Investigations on Bengal jail dietaries - Number 37
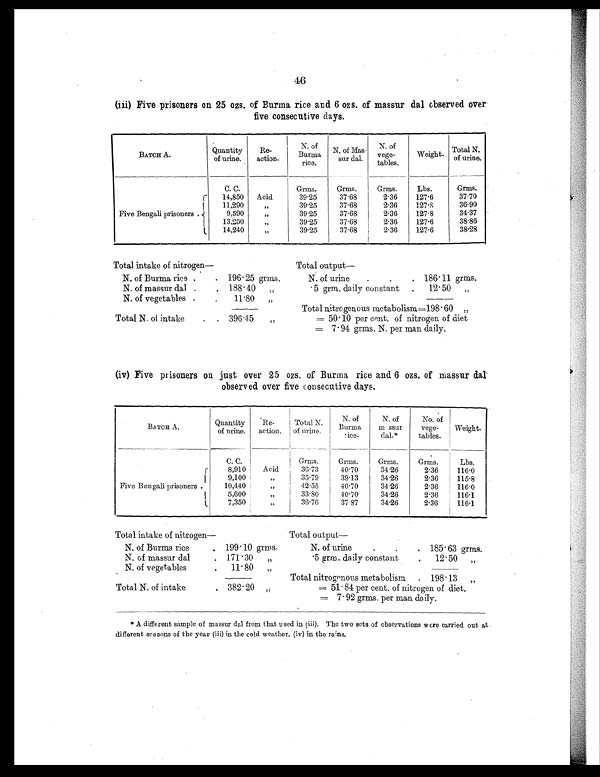
46
(iii) Five prisoners on 25 ozs. of Burma rice and 6 ozs. of massur dal observed over
five consecutive days.
BATCH A.
Quantity
of urine.
Re-
action.
N . o f
Burma
rice.
N. of Mas-
sur dal.
N. of
vege-
tables.
Weight. Total N.
of urine.
Five Bengali prisoners .
C. C.
Grms.
Grms.
Grms.
Lbs.
Grms.
14,850 Acid
39.25
37.68
2.36
127.6
37.70
11,290
„
39.25
37.68
2.36
127.8
36.90
9,590
„
39.25
37.68
2.36
127.8
34.37
13,250
„
39.25
37.68
2.36
127.6
38.86
14,240
„
39.25
37.68
2.36
127.6
38.28
Total intake of nitrogen—
Total output —
N. of Burma rice .
. 196.25 grms.
N. of urine
.
.
. 186.11 grms.
N. of massur dal .
. 188.40 „
.5 grm. daily constant . 12.50 „
N. of vegetables .
.
11.80 „
Total nitrogenous metabolism=198.60
„
Total N. of intake
. . 396.45 „
= 50.10 per cent. of nitrogen of diet
= 7.94 grms. N. per man daily.
(iv) Five prisoners on just over 25 ozs. of Burma rice and 6 ozs. of massur dal
observed over five consecutive days.
BATCH A.
Quantity
of urine.
Re-
action.
Total N.
of urine.
N. of
Burma
r i c e .
N. of
massur
dal.*
No. of
vege-
tables.
Weight.
Five Bengali prisoners .
C. C.
Grms.
Grms.
Grms.
Grms.
Lbs.
8,910
Acid
36.73
40.70
34.26
2.36
116.0
9,100
„
35.79
39.13
34.26
2.36
115.8
10,440
„
42.55
40.70
34.26
2.36
116.0
5,600
„
33.80
40.70
34.26
2.36
116.1
7,350
„
36.76
37.87
34.26
2.36
116.1
Total intake of nitrogen—
Total output —
N. of Burma rice
. 199.10 grms.
N. of urine
.
. . 185.63 grms.
N. of massur dal
. 171.30 „
.5 grm. daily constant
. 12.50 „
N. of vegetables
. 11.80 „
Total nitrogenous metabolism . 198.13 „
Total N. of intake
. 382.20 „
= 51.84 per cent. of nitrogen of diet.
= 7.92 grms. per man daily.
* A different sample of massur dal from that used in (iii). The two sets of observations were carried out at
different seasons of the year (iii) in the cold weather, (iv) in the rains.